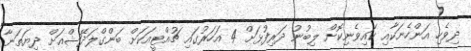
ދިވެހި އަންހެނަކާއި ކައިވެނިކޮށް ލިބުނު ދަރިފުޅަށް 4 އަަހަރުގައި ޗުއްޓީއަކަށް ބަންގްލަދޭޝްއަށް ދިޔަތަނާ